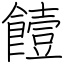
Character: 饐